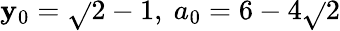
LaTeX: \mathbf{y}_{0}={\sqrt{}{{2}}}-1,\ a_{0}=6-4{\sqrt{}{{2}}}